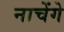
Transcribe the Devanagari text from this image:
नाचेंगे